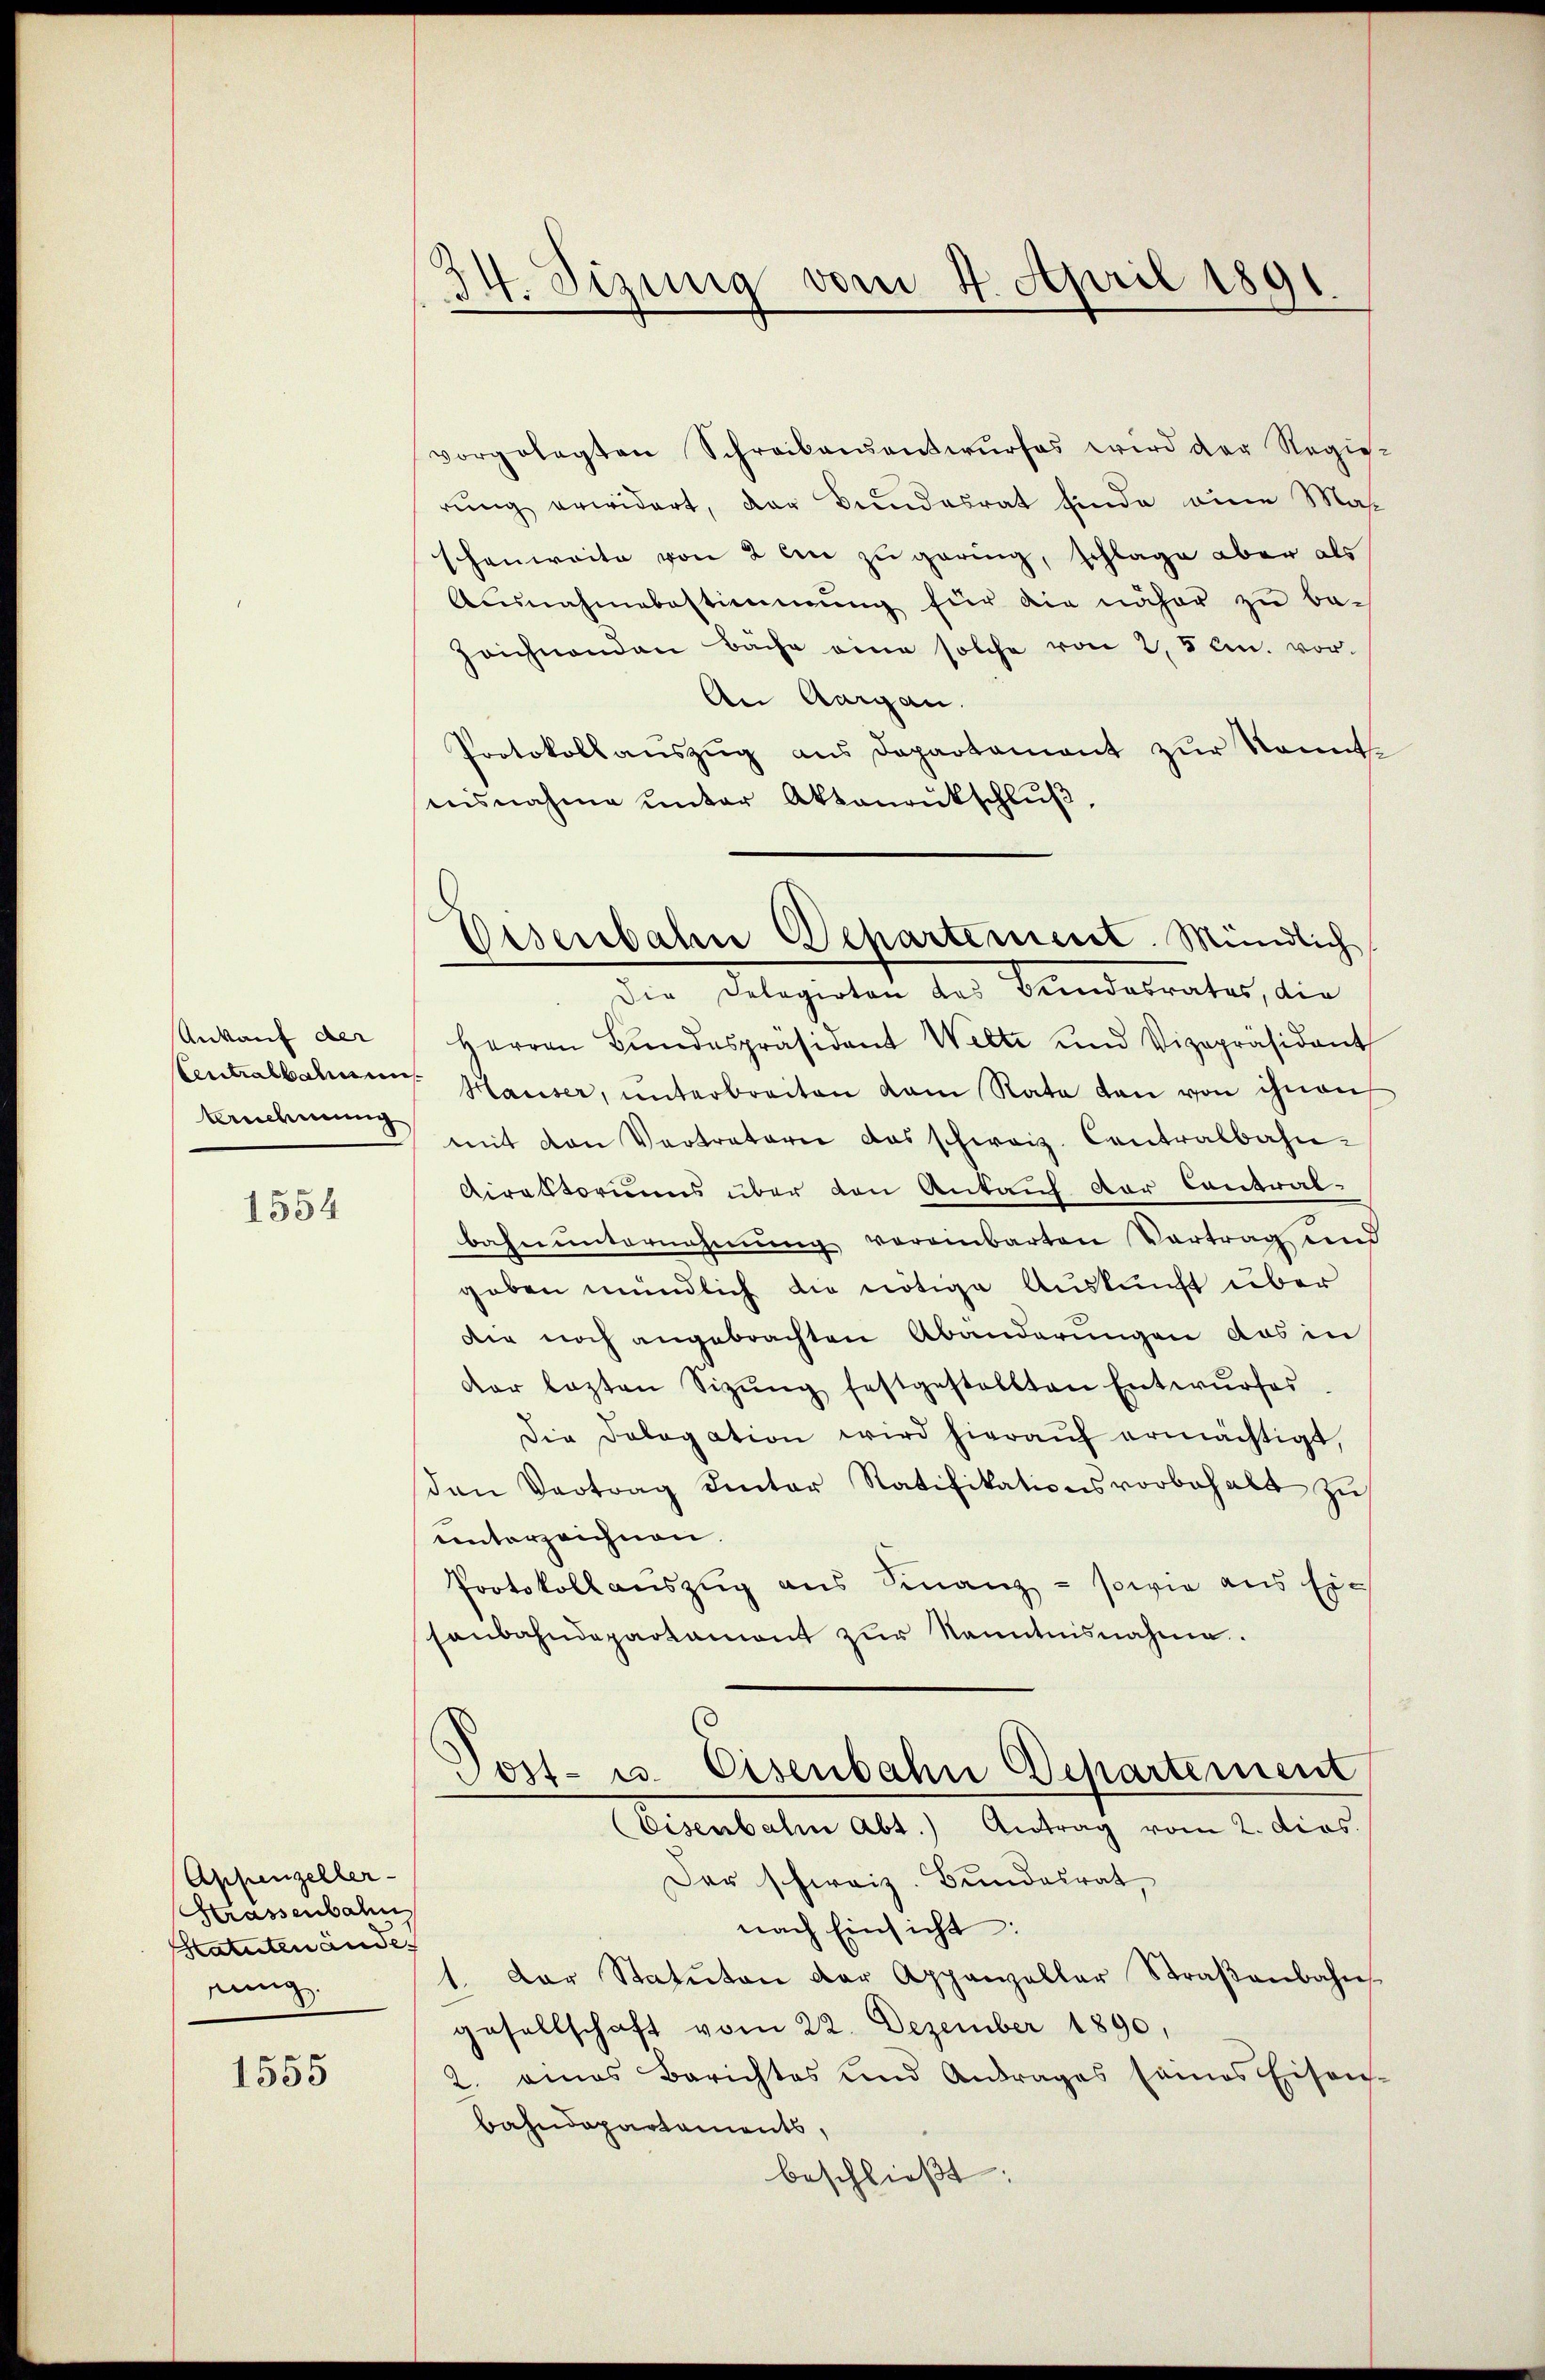
Ankauf der
tnehmung

1554

Appenzeller-
Krassenbahn
Statuten ander
nung.

1555

Sizung vom 4. April 1891.

vorgelegten Schreibensentwŭrfes wird der Regie-
rung erwidert, der Bundesrat finde eine Masschenweite von 2 ein zu gering, schlage aber als
Ausnahmebestimmung für die näher zŭ be-
Zeichnenden Bäche eine solche von 2, 5 cm. vor¬
An Aargau.
Protokoll aŭszŭg ans Departament zur kannt-
nisnahme unter Aktourukschluß
Die Delegirten das Bundesrates, die
Herren Bundespräsident Welte und Vizepräsident
Centralbahnen. Hauser, ŭnterbreiten kam Rata den von ihnen
mit den Vertreterie das schweiz. Contralbahn-
Direktoriums über den Ankauf der Contral-
bahn unternehmung vereinbarten Vortrag und
geben mündlich die nötige Auskunft über
Die noch angebrachten Abänderungen das in
dar lezten Sizŭng festgestellten Entwŭrfes
Die Dalogation wird hieraŭf ermächtigt,
den Vertrag hinter Ratifikationsvorbehalt zŭ
unterzeichnen.
Protokollauszug aus Finanz- sowie aus sic
sonbahndepartamont zur Kenntnisnahme.
Post- u. Eisenbahn Departement
Eisenbahn Abt.) Antrag vom 2. dies.
Der schweiz. Bundesrat,
nach Einsicht:
1. Der Statŭton der Appenzellar Straβenbahn-
gesellschaft vom 22. Dezember 1890,
2. eines Berichtes und Antrages seines Eisen-
bahndepartaments,
beschließt:

Eisenbahn Departement. Mündlich